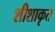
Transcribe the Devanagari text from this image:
शीशाकृत